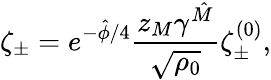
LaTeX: {\zeta_{\pm}=e^{-\hat{\phi}/4}{\frac{z_{M}\gamma^{\hat{M}}}{\sqrt{\rho_{0}}}}\zeta_{\pm}^{(0)},}